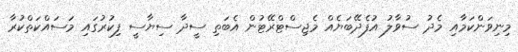
މިނިވަންކަމާއި މެދު ސުވާލު އުފެދޭބަޔެއް މެޖިސްޓްރޭޓުން އެބަތި ސީދާ ސިޔާސީ ފިކުރުގައި މަސައްކަތްކުރާ